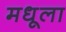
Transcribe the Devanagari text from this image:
मधूला